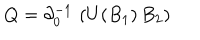
LaTeX: Q = \partial _ { 0 } ^ { - 1 } \, \left( U ( B _ { 1 } ) \, B _ { 2 } \right)